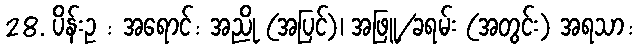
28. ပိန်းဥ : အရောင်: အညို (အပြင်)၊ အဖြူ/ခရမ်း (အတွင်း) အရသာ: